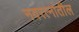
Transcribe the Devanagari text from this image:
नवरत्नांतील